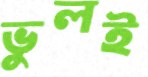
ভুলই